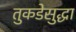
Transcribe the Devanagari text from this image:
तुकडेसुद्धा